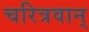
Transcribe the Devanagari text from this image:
चरित्रवान्‌